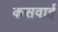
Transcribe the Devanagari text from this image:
कसवाई